Document type: Oath
Year: 1405
Scribe: Guillem de Lledó
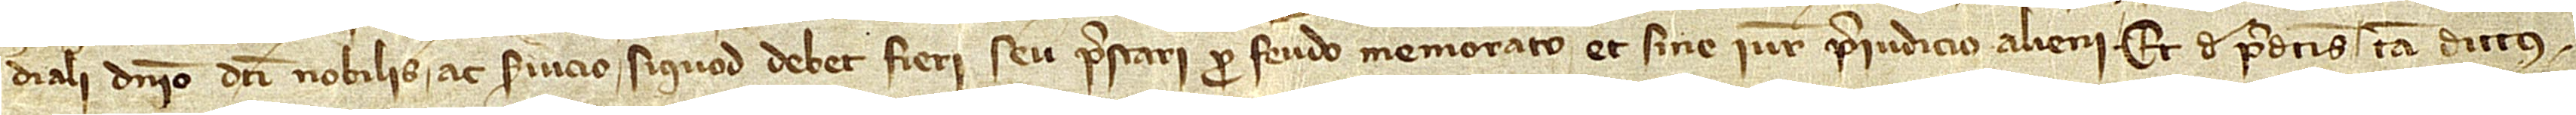
diali dominio dicti nobilis ac servicio siquod debet fieri seu prestari pro feudo memorato et sine iuris preiudicio alieni. Et de predictis tam dictus